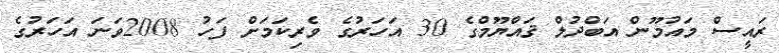
ރައީސް މައުމޫން އަބްދުލް ޤައްޔޫމްގެ 30 އަހަރުގެ ވެރިކަަަމަށް ފަހު 2008ވަނަ އަހަރުގެ